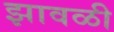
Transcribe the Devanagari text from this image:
झावळी